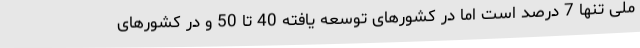
ملی تنها 7 درصد است اما در کشورهای توسعه یافته 40 تا 50 و در کشورهای